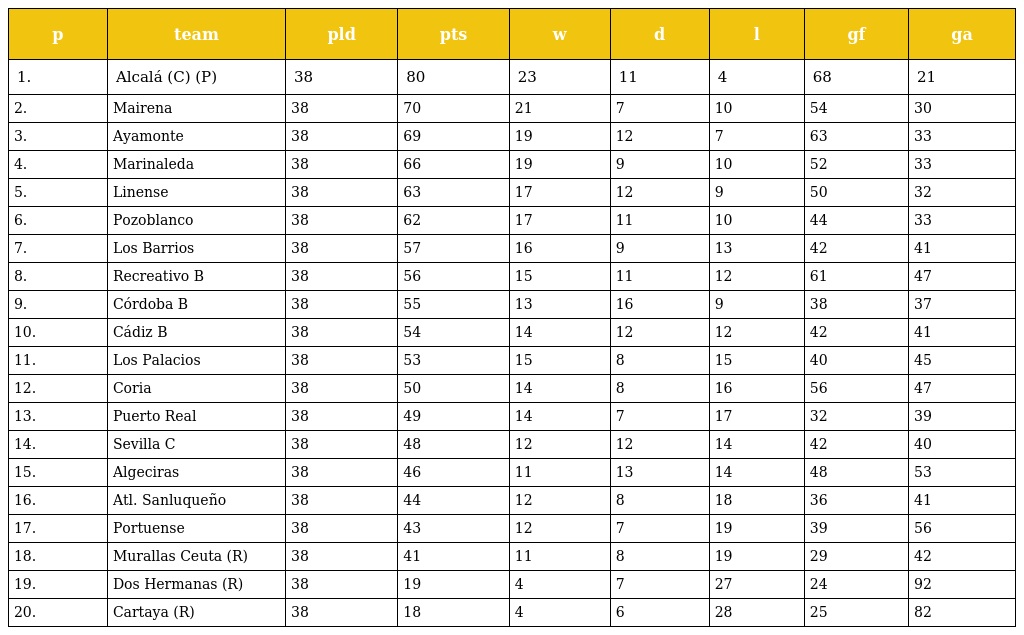
| p | team | pld | pts | w | d | l | gf | ga |
 | --- | --- | --- | --- | --- | --- | --- | --- | --- |
 | 1. | Alcalá (C) (P) | 38 | 80 | 23 | 11 | 4 | 68 | 21 |
 | 2. | Mairena | 38 | 70 | 21 | 7 | 10 | 54 | 30 |
 | 3. | Ayamonte | 38 | 69 | 19 | 12 | 7 | 63 | 33 |
 | 4. | Marinaleda | 38 | 66 | 19 | 9 | 10 | 52 | 33 |
 | 5. | Linense | 38 | 63 | 17 | 12 | 9 | 50 | 32 |
 | 6. | Pozoblanco | 38 | 62 | 17 | 11 | 10 | 44 | 33 |
 | 7. | Los Barrios | 38 | 57 | 16 | 9 | 13 | 42 | 41 |
 | 8. | Recreativo B | 38 | 56 | 15 | 11 | 12 | 61 | 47 |
 | 9. | Córdoba B | 38 | 55 | 13 | 16 | 9 | 38 | 37 |
 | 10. | Cádiz B | 38 | 54 | 14 | 12 | 12 | 42 | 41 |
 | 11. | Los Palacios | 38 | 53 | 15 | 8 | 15 | 40 | 45 |
 | 12. | Coria | 38 | 50 | 14 | 8 | 16 | 56 | 47 |
 | 13. | Puerto Real | 38 | 49 | 14 | 7 | 17 | 32 | 39 |
 | 14. | Sevilla C | 38 | 48 | 12 | 12 | 14 | 42 | 40 |
 | 15. | Algeciras | 38 | 46 | 11 | 13 | 14 | 48 | 53 |
 | 16. | Atl. Sanluqueño | 38 | 44 | 12 | 8 | 18 | 36 | 41 |
 | 17. | Portuense | 38 | 43 | 12 | 7 | 19 | 39 | 56 |
 | 18. | Murallas Ceuta (R) | 38 | 41 | 11 | 8 | 19 | 29 | 42 |
 | 19. | Dos Hermanas (R) | 38 | 19 | 4 | 7 | 27 | 24 | 92 |
 | 20. | Cartaya (R) | 38 | 18 | 4 | 6 | 28 | 25 | 82 |